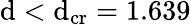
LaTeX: \mathrm{d}<\mathrm{d}_{\textrm{{cr}}}=1.639